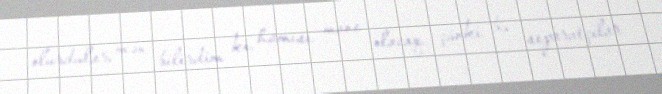
olurdular, mən bilirdim ki, hamısı mane olacaq… çünki bu separatçılar